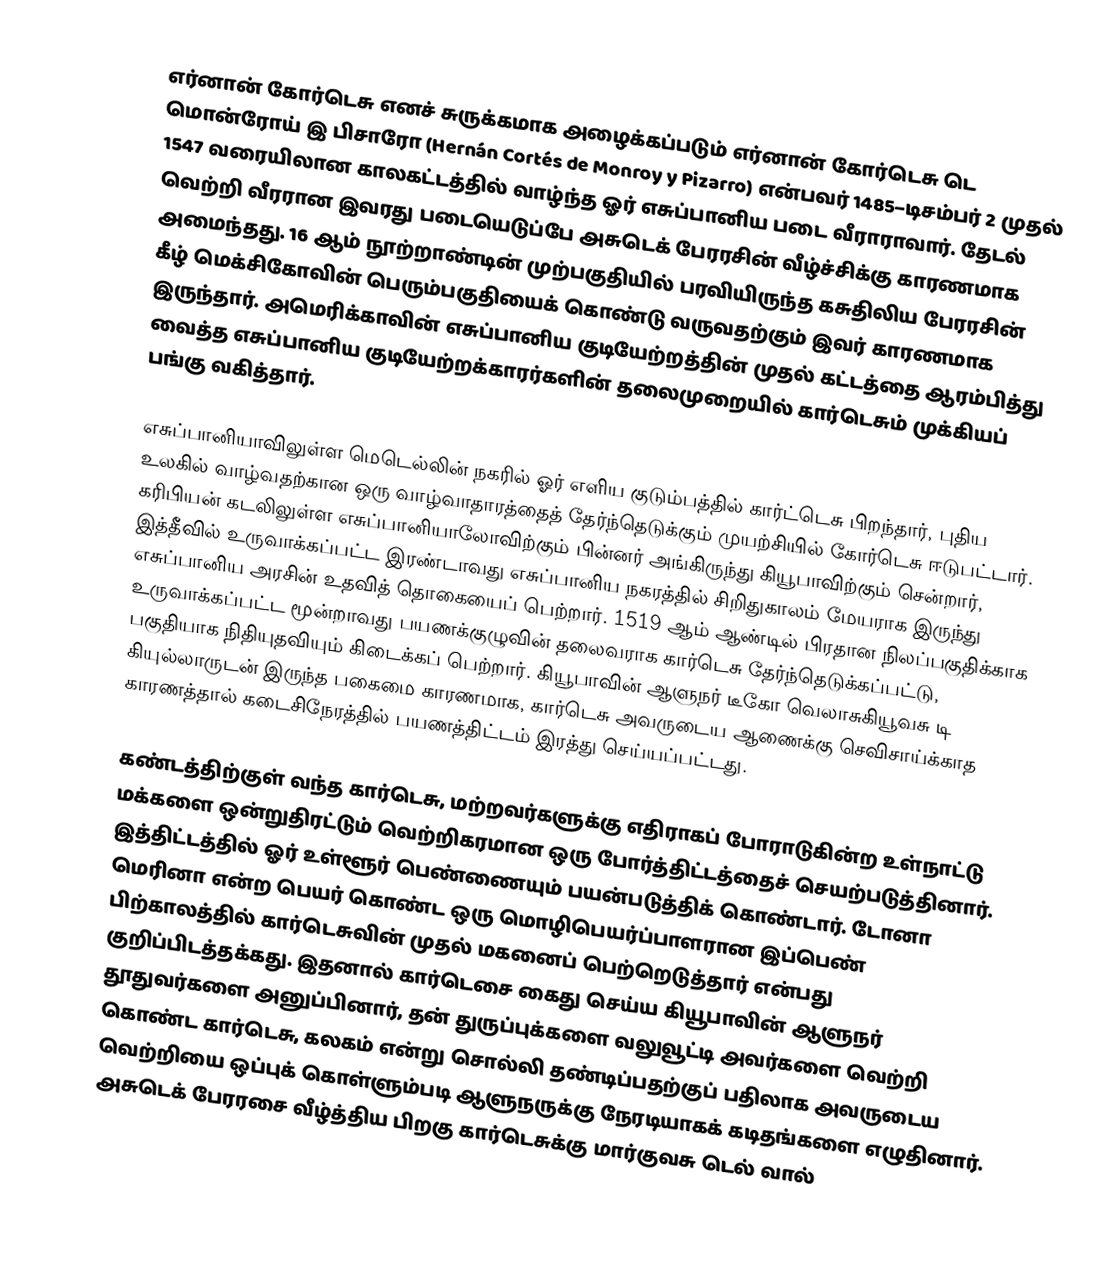
எர்னான் கோர்டெசு எனச் சுருக்கமாக அழைக்கப்படும் எர்னான் கோர்டெசு டெ மொன்ரோய் இ பிசாரோ (Hernán Cortés de Monroy y Pizarro) என்பவர் 1485–டிசம்பர் 2 முதல் 1547 வரையிலான காலகட்டத்தில் வாழ்ந்த ஓர் எசுப்பானிய படை வீராராவார். தேடல் வெற்றி வீரரான இவரது படையெடுப்பே அசுடெக் பேரரசின் வீழ்ச்சிக்கு காரணமாக அமைந்தது. 16 ஆம் நூற்றாண்டின் முற்பகுதியில் பரவியிருந்த  கசுதிலிய பேரரசின் கீழ் மெக்சிகோவின் பெரும்பகுதியைக் கொண்டு வருவதற்கும் இவர் காரணமாக இருந்தார். அமெரிக்காவின் எசுப்பானிய குடியேற்றத்தின் முதல் கட்டத்தை ஆரம்பித்து வைத்த எசுப்பானிய குடியேற்றக்காரர்களின் தலைமுறையில் கார்டெசும் முக்கியப் பங்கு வகித்தார்.

எசுப்பானியாவிலுள்ள மெடெல்லின் நகரில் ஓர் எளிய குடும்பத்தில் கார்ட்டெசு பிறந்தார், புதிய உலகில் வாழ்வதற்கான ஒரு வாழ்வாதாரத்தைத் தேர்ந்தெடுக்கும் முயற்சியில் கோர்டெசு ஈடுபட்டார். கரிபியன் கடலிலுள்ள எசுப்பானியாலோவிற்கும்  பின்னர் அங்கிருந்து கியூபாவிற்கும் சென்றார், இத்தீவில் உருவாக்கப்பட்ட இரண்டாவது எசுப்பானிய நகரத்தில் சிறிதுகாலம் மேயராக இருந்து எசுப்பானிய அரசின் உதவித் தொகையைப் பெற்றார். 1519 ஆம் ஆண்டில் பிரதான நிலப்பகுதிக்காக  உருவாக்கப்பட்ட மூன்றாவது பயணக்குழுவின் தலைவராக கார்டெசு தேர்ந்தெடுக்கப்பட்டு, பகுதியாக நிதியுதவியும் கிடைக்கப் பெற்றார். கியூபாவின் ஆளுநர் டீகோ வெலாசுகியூவசு டி கியுல்லாருடன் இருந்த பகைமை காரணமாக, கார்டெசு அவருடைய ஆணைக்கு செவிசாய்க்காத காரணத்தால் கடைசிநேரத்தில் பயணத்திட்டம் இரத்து செய்யப்பட்டது.

கண்டத்திற்குள் வந்த கார்டெசு, மற்றவர்களுக்கு எதிராகப் போராடுகின்ற உள்நாட்டு மக்களை ஒன்றுதிரட்டும்  வெற்றிகரமான ஒரு போர்த்திட்டத்தைச் செயற்படுத்தினார். இத்திட்டத்தில் ஓர் உள்ளூர் பெண்ணையும் பயன்படுத்திக் கொண்டார். டோனா மெரினா என்ற பெயர் கொண்ட ஒரு மொழிபெயர்ப்பாளரான இப்பெண் பிற்காலத்தில் கார்டெசுவின் முதல் மகனைப் பெற்றெடுத்தார் என்பது குறிப்பிடத்தக்கது. இதனால் கார்டெசை கைது செய்ய கியூபாவின் ஆளுநர் தூதுவர்களை அனுப்பினார், தன் துருப்புக்களை வலுவூட்டி அவர்களை வெற்றி கொண்ட கார்டெசு, கலகம் என்று சொல்லி தண்டிப்பதற்குப் பதிலாக அவருடைய வெற்றியை ஒப்புக் கொள்ளும்படி ஆளுநருக்கு நேரடியாகக் கடிதங்களை எழுதினார். அசுடெக் பேரரசை வீழ்த்திய பிறகு கார்டெசுக்கு  மார்குவசு டெல் வால்